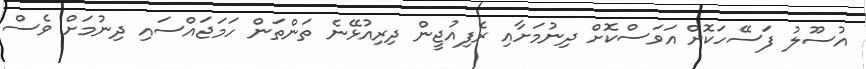
އުސޫލު ފަސޭހަކޮށް އަވަސްކޮށް ދިނުމަށާއި ރެފިއުޖީން ދިރިއުޅޭނެ ތަންތަން ހަމަޖައްސައި ދިނުމަށް ވެސް